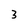
Character: 3